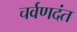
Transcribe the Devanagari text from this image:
चर्वणदंत